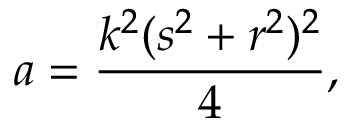
a = { \frac { k ^ { 2 } ( s ^ { 2 } + r ^ { 2 } ) ^ { 2 } } { 4 } } ,